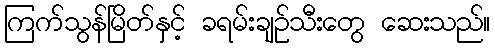
ကြက်သွန်မြိတ်နှင့် ခရမ်းချဉ်သီးတွေ ဆေးသည်။